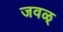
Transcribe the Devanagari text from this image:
जवळ्